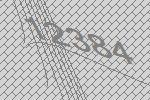
12384